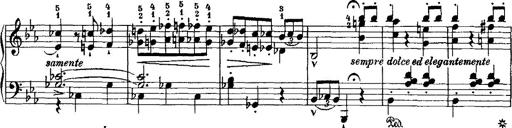
Title: Grande valse di bravura
Composer: Franz Liszt